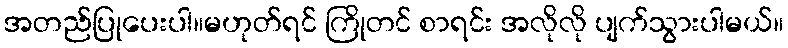
အတည်ပြုပေးပါ။မဟုတ်ရင် ကြိုတင် စာရင်း အလိုလို ပျက်သွားပါမယ်။